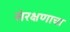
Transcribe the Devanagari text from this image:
संरक्षणाचा